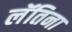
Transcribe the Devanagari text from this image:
लॅतिना